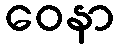
ဝေနာ